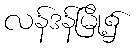
လန်ဒန်မြို့၌